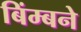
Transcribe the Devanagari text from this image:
बिंम्बने